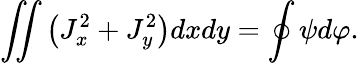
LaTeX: \iint\left(J_{x}^{2}+J_{y}^{2}\right)dxdy=\oint\psi d\varphi.